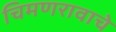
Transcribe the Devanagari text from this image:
चिमणरावाचे